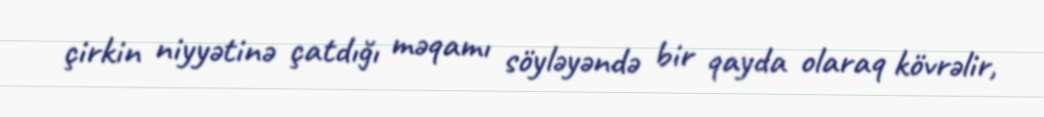
çirkin niyyətinə çatdığı məqamı söyləyəndə bir qayda olaraq kövrəlir,